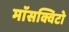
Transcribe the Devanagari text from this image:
माॅसक्विटो